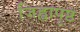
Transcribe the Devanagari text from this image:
जिह्वापृष्ठ